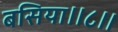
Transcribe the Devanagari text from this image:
बसिया॥८॥